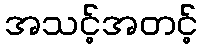
အသင့်အတင့်